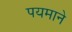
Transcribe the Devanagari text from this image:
पयमाने